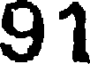
91